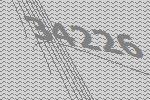
34226